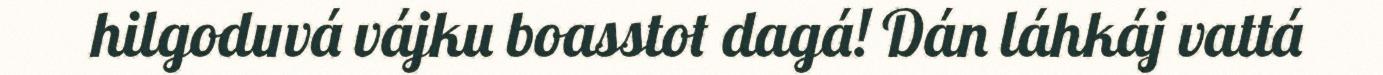
hilgoduvá vájku boasstot dagá! Dán láhkáj vattá